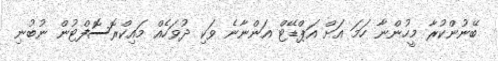
ބޭނުންކުރާ މީހުންނާ ހަމަ އަށް އަޕްޑޭޓް އަންނާނެ ވަކި ދުވަހެއް މައިކްރޮސޮފްޓުން ނުބުނި